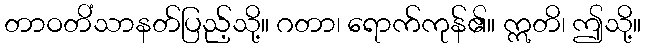
တာဝတိံသာနတ်ပြည့်သို့။ ဂတာ၊ ရောက်ကုန်၏။ ဣတိ၊ ဤသို့။